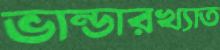
ভান্ডারখ্যাত